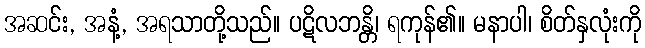
အဆင်း, အနံ့, အရသာတို့သည်။ ပဋိလဘန္တိ၊ ရကုန်၏။ မနာပါ၊ စိတ်နှလုံးကို